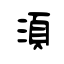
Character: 湏